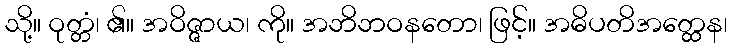
သို့။ ဝုတ္တံ၊ ၏။ အဝိဇ္ဇာယ၊ ကို။ အဘိဘဝနတော၊ ဖြင့်။ အဓိပတိအတ္ထေန၊